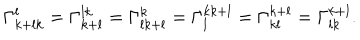
LaTeX: \Gamma _ { k + l k } ^ { l } = \Gamma _ { k + l } ^ { l k } = \Gamma _ { l k + l } ^ { k } = \Gamma _ { l } ^ { k k + l } = \Gamma _ { k l } ^ { k + l } = \Gamma _ { l k } ^ { k + l } .